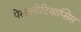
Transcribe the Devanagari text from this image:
पेस्टलोटियाप्सिस